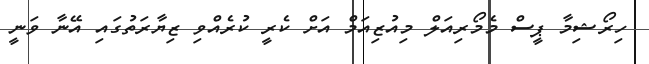
ހިރޯޝިމާ ޕީސް މެމޯރިއަލް މިއުޒިއަމް އަށް ކެރީ ކުރެއްވި ޒިޔާރަތުގައި އޭނާ ވަނީ